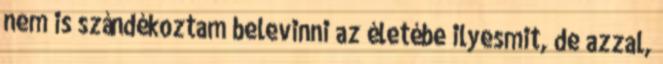
nem is szándékoztam belevinni az életébe ilyesmit, de azzal,